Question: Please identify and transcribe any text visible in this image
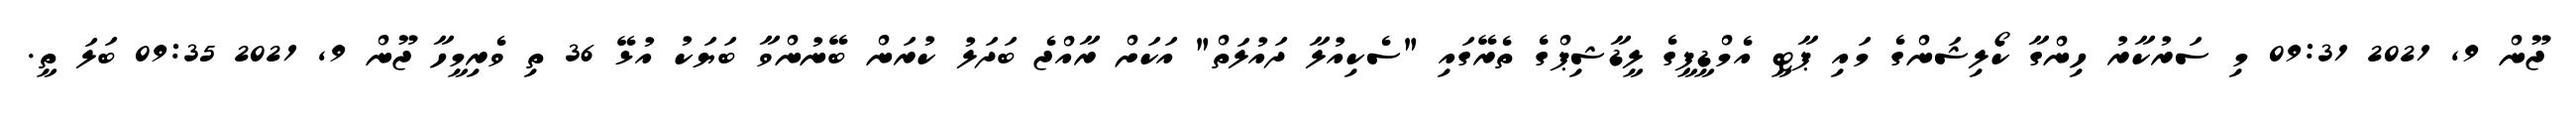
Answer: ޖޫން 9, 2021 09:31 މި ސަރުކާރު ހިންގާ ކޯލިޝަންގެ މައި ޕާޓީ އެމްޑީޕީގެ ލީޑާޝިޕްގެ ތެރޭގައި "ސެކިއުލާ ދައުލަތް" އަކަށް ރާއްޖެ ބަދަލު ކުރަން ބޭނުންވާ ބަޔަކު އުޅޭ 36 ތި ވެރިމީހާ ޖޫން 9, 2021 09:35 ބަލަ ތީ.